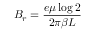
B _ { r } = \frac { e \mu \log { 2 } } { 2 \pi \beta L }